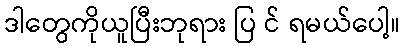
ဒါတွေကိုယူပြီးဘုရား ပြ င် ရမယ်ပေါ့။